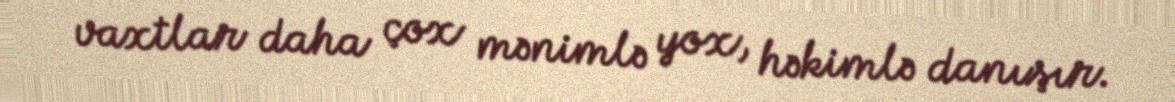
vaxtlar daha çox mənimlə yox, həkimlə danışır.